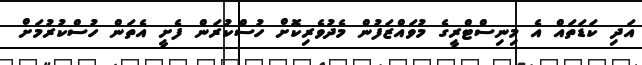
އަދި ކަޑަތައް އެ މިނިސްޓްރީގެ މުވައްޒަފުން މެދުވެރިކޮށް ހުސްކުރަން ފެށީ އެތަން ހުސްކުރުމަށް